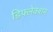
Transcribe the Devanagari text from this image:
डिफ्लेक्शन